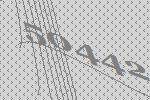
50442